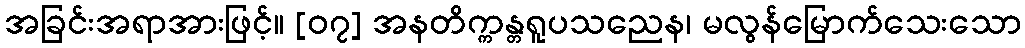
အခြင်းအရာအားဖြင့်။ [၀၇] အနတိက္ကန္တရူပသညေန၊ မလွန်မြောက်သေးသော